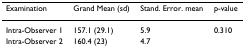
<table><thead><tr><td><b>Examination</b></td><td><b>Grand Mean (sd)</b></td><td><b>Stand. Error. mean</b></td><td><b>p-value</b></td></tr></thead><tbody><tr><td>Intra-Observer 1</td><td>157.1 (29.1)</td><td>5.9</td><td>0.310</td></tr><tr><td>Intra-Observer 2</td><td>160.4 (23)</td><td>4.7</td><td></td></tr></tbody></table>